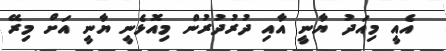
އެއީ މިއަދު ޔާނީ އާއި ދުރުދުރުން މިއޮޅެނީ ޔާނީ އަށް މިރޭ